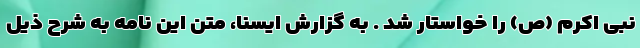
نبی اکرم (ص) را خواستار شد . به گزارش ایسنا، متن این نامه به شرح ذیل